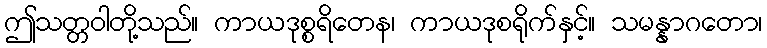
ဤသတ္တဝါတို့သည်။ ကာယဒုစ္စရိတေန၊ ကာယဒုစရိုက်နှင့်။ သမန္နာဂတော၊